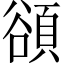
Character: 𬤴